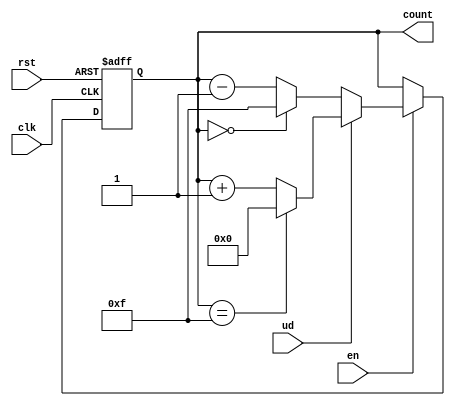
module UpDownCounter (
    input wire clk,      // Clock signal
    input wire rst,      // Asynchronous reset
    input wire ud,       // Up/Down control (1 for up, 0 for down)
    input wire en,       // Enable control (1 for counting, 0 for hold)
    output reg [N-1:0] count  // Current counter value
);
    parameter N = 4; // Width of the counter (4 bits can count from 0 to 15)

    // Asynchronous reset and counting logic
    always @(posedge clk or posedge rst) begin
        if (rst) begin
            count <= 0; // Reset counter to 0
        end else if (en) begin
            if (ud) begin
                // Increment the counter with overflow handling
                count <= (count == {N{1'b1}}) ? 0 : count + 1; // Wrap around to 0 on max count
            end else begin
                // Decrement the counter with underflow handling
                count <= (count == 0) ? {N{1'b1}} : count - 1; // Wrap around to max on underflow
            end
        end
    end

endmodule